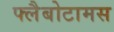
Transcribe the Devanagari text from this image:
फ्लैबोटामस